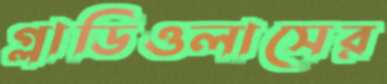
গ্লাডিওলাসের